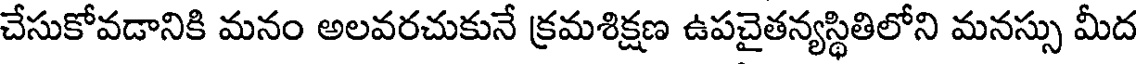
చేసుకోవడానికి మనం అలవరచుకునే క్రమశిక్షణ ఉపచైతన్యస్థితిలోని మనస్సు మీద